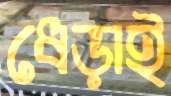
ধেড়াই